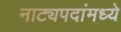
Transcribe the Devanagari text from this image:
नाट्यपदांमध्ये